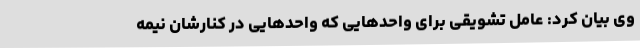
وی بیان کرد: عامل تشویقی برای واحدهایی که واحدهایی در کنارشان نیمه